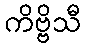
ကိဗ္ဗိသီ